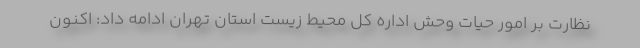
نظارت بر امور حیات وحش اداره کل محیط زیست استان تهران ادامه داد: اکنون